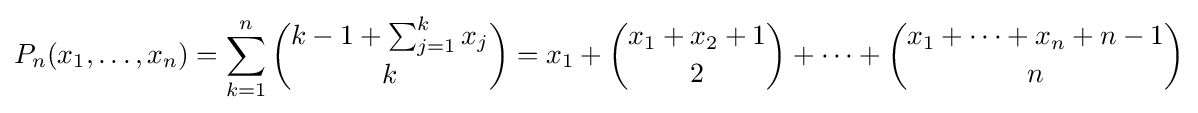
P_{n}(x_{1},\ldots ,x_{n})=\sum _{k=1}^{n}{\binom {k-1+\sum _{j=1}^{k}x_{j}}{k}}=x_{1}+{\binom {x_{1}+x_{2}+1}{2}}+\cdots +{\binom {x_{1}+\cdots +x_{n}+n-1}{n}}